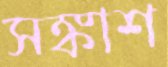
সঙ্কাশ